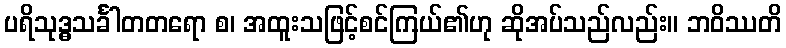
ပရိသုဒ္ဓသင်္ခါတတရော စ၊ အထူးသဖြင့်စင်ကြယ်၏ဟု ဆိုအပ်သည်လည်း။ ဘဝိဿတိ